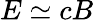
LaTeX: E\simeq cB